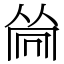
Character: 𠕞